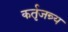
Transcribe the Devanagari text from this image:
कर्तृजन्र्य